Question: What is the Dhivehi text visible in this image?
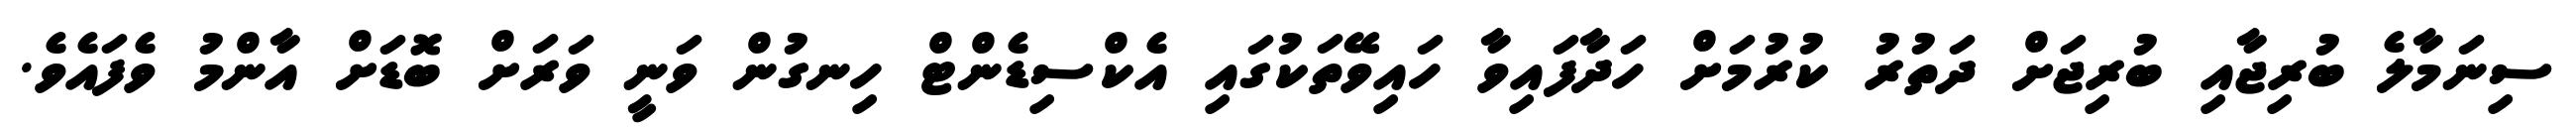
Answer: ސިނަމާލެ ބުރިޖާއި ބުރިޖަށް ދަތުރު ކުރުމަށް ހަދާފައިވާ ހައިވޭތަކުގައި އެކްސިޑެންޓް ހިނގުން ވަނީ ވަރަށް ބޮޑަށް އާންމު ވެފައެވެ.